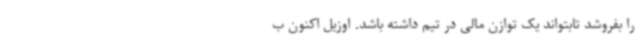
را بفروشد تابتواند یک توازن مالی در تیم داشته باشد. اوزیل اکنون ب